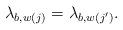
LaTeX: \begin{align*}\lambda_{b,w(j)}=\lambda_{b,w(j^\prime)}.\end{align*}